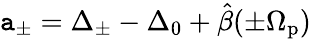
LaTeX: \mathtt{a}_{\pm}=\Delta_{\pm}-\Delta_{0}+\hat{{\beta}}(\pm\Omega_{\mathrm{{p}}})